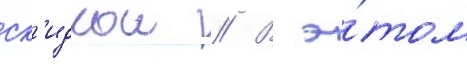
ск'идкои // В э́том